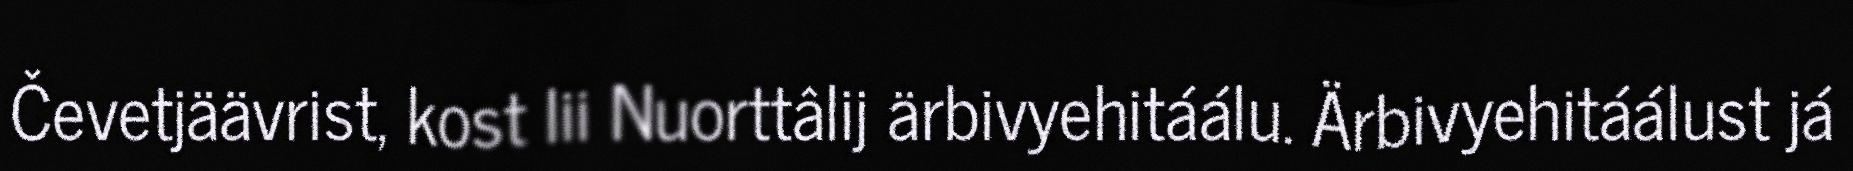
Čevetjäävrist, kost lii Nuorttâlij ärbivyehitáálu. Ärbivyehitáálust já